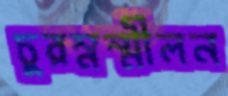
চুরম্নন্মীলন